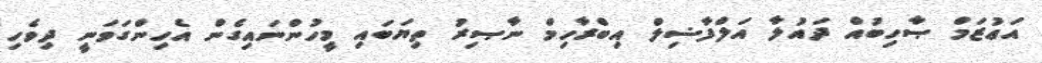
އަޢުޒަމް ޞާހިބުއް ދައުލާ އަލްފާޟިލް އިބްރާހިމް ނާޞިރު ތިޔަބައި މީހުންނައިގެން އެހިންގަވަނީ ދިވެހި